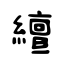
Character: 繵